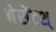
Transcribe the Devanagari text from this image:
बेसेंटश्